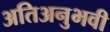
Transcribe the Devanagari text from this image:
अतिअनुभवी